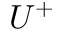
U ^ { + }